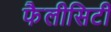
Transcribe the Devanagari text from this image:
फैलीसिटी